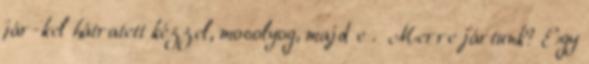
jár-kel hátratett kézzel, mosolyog, majd e . Merre jártunk? Egy